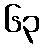
၆၃